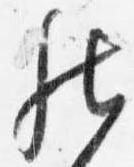
然